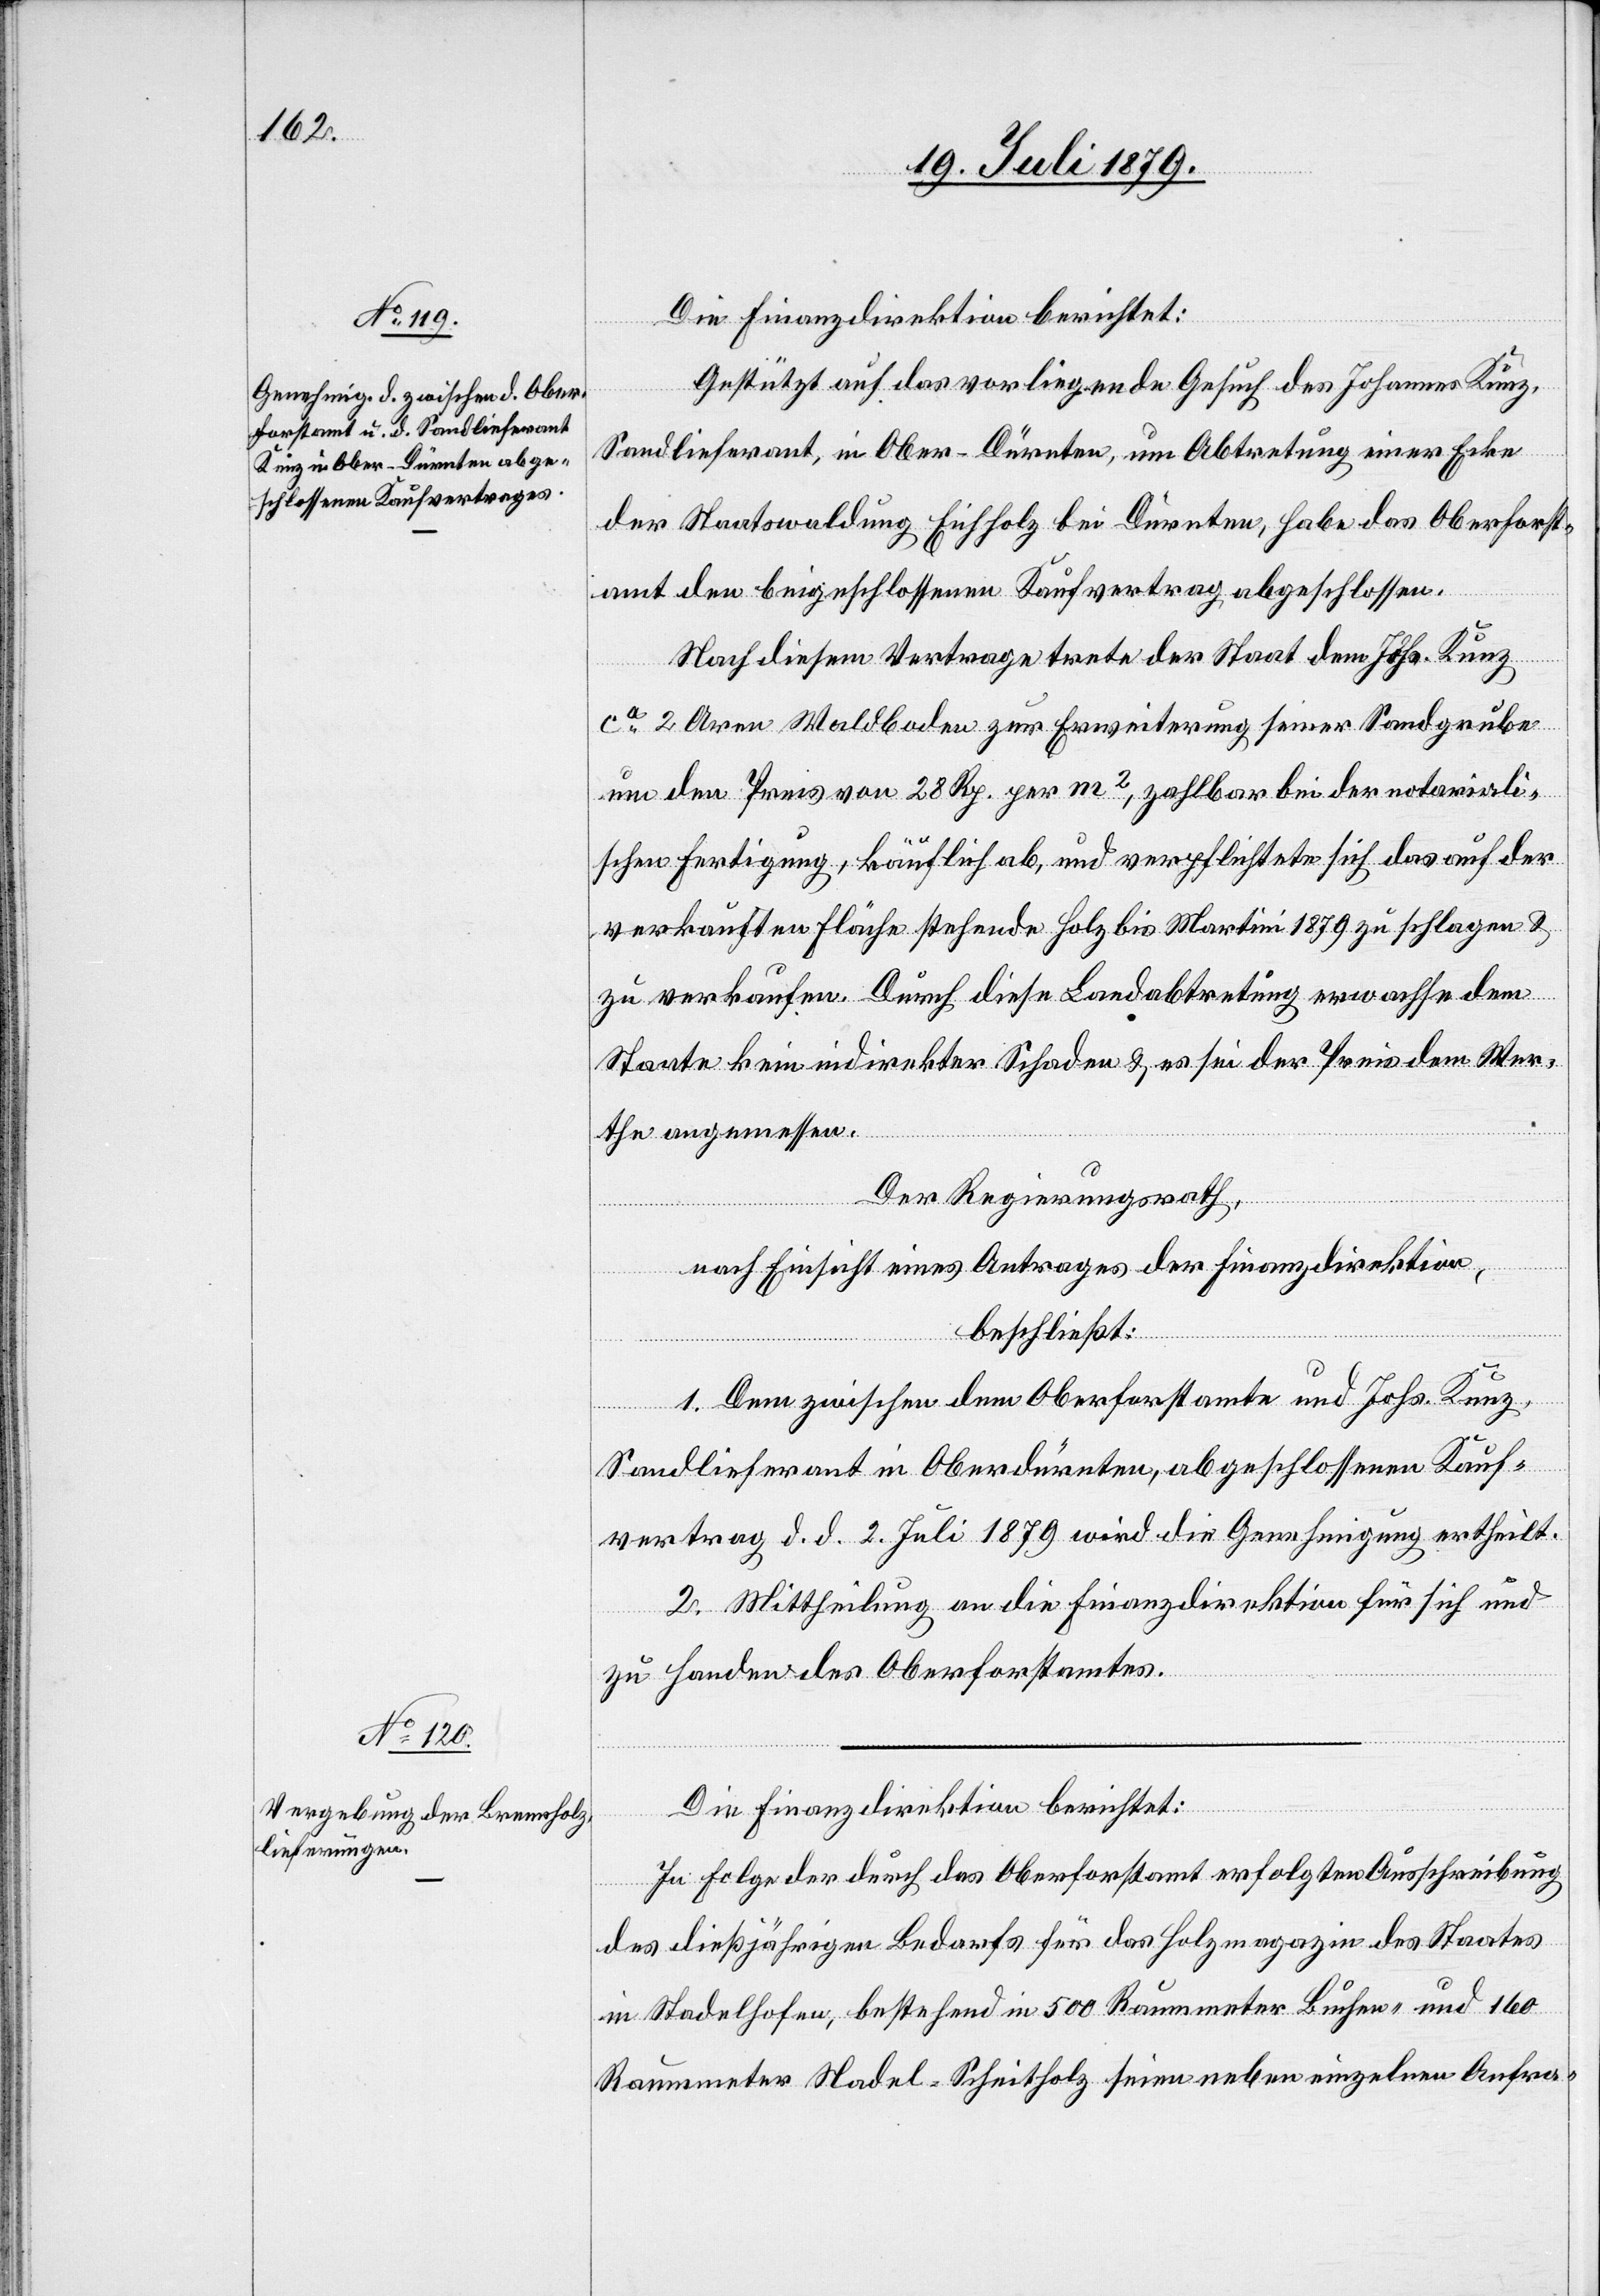
Die Finanzdirektion berichtet:
Gestützt auf das vorliegende Gesuch des Johannes Kunz,
Sandlieferant, in Ober-Dürnten, um Abtretung einer Ecke
der Staatswaldung Eichholz bei Dürnten, habe das Oberfrost¬
amt den beigeschlossenen Kaufvertrag abgeschlossen.
Nach diesem Vertrage trete der Staat dem Johs. Kunz
ca 2 Aren Waldboden zur Erweiterung seiner Sandgrube
um den Preis von 28 Rp. per m2, zahlbar bei der notariali¬
schen Fertigung, käuflich ab, und verpflichtete sich das auf der
verkauften Fläche stehende Holz bis Martini 1879 zu schlagen &
zu verkaufen. Durch diese Landabtretung erwachse dem
Staate kein indirekter Schaden & es sei der Preis dem Wer¬
the angemessen.
Der Regierungsrath,
nach Einsicht eines Antrages der Finanzdirektion,
beschließt:
1. Dem zwischen dem Oberforstamte und Johs. Kunz,
Sandlieferant in Oberdürnten, abgeschlossenen Kauf¬
vertrag d. d. 2. Juli 1879 wird die Genehmigung ertheilt.
2. Mittheilung an die Finanzdirektion für sich und
zu Handen des Oberforstamtes.
Die Finanzdirektion berichtet:
In Folge der durch das Oberforstamt erfolgten Ausschreibung
des dießjährigen Bedarfs für das Holzmagazin des Staates
in Stadelhofen, bestehend in 500 Raummeter Buchen- und 160
Raummeter Nadel-Scheitholz seien neben einzelnen Anfra-